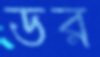
ডর